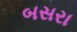
બસરા